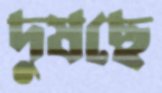
দুষছে